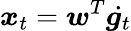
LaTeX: \boldsymbol x_{t}=\boldsymbol w^{T}\dot{\boldsymbol g_{t}}